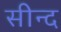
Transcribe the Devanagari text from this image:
सीन्द